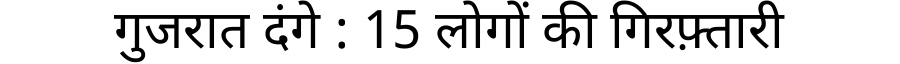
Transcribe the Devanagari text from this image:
गुजरात दंगे : 15 लोगों की गिरफ़्तारी